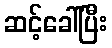
ဆင့်ခေါ်ပြီး